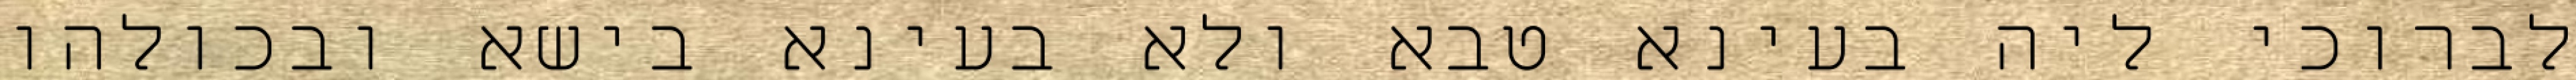
לברוכי ליה בעינא טבא ולא בעינא בישא ובכולהו